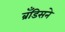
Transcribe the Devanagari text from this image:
ब्रँडिसने